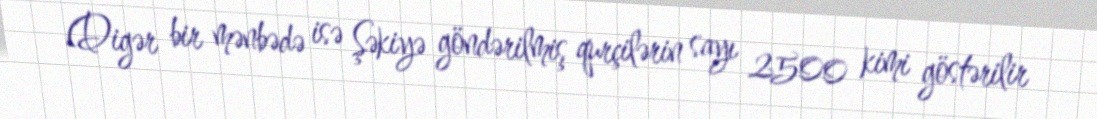
(Digər bir mənbədə isə Şəkiyə göndərilmiş qurçilərin sayı 2500 kimi göstərilir